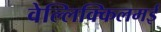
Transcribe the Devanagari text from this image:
वेल्लिक्किलमई